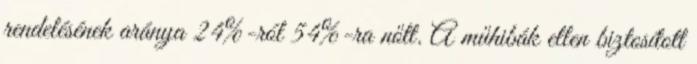
rendelésének aránya 24%-ról 54%-ra nőtt. A műhibák ellen biztosított